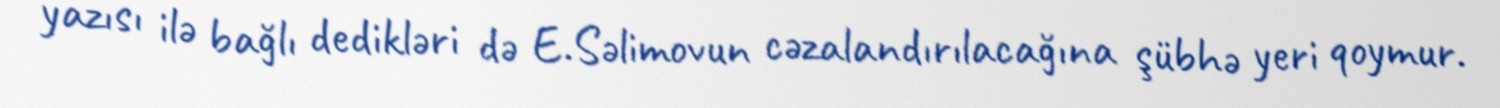
yazısı ilə bağlı dedikləri də E.Səlimovun cəzalandırılacağına şübhə yeri qoymur.